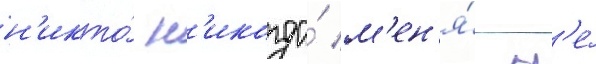
н'икто́ н'икогда́ м'ен'я́ н'е́